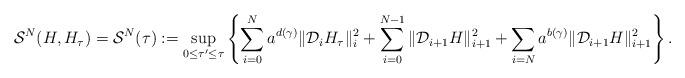
LaTeX: \begin{align*}\mathcal{S}^N(H,H_\tau)=\mathcal{S}^N(\tau):=\sup_{0 \leq \tau' \leq \tau} \left\lbrace \sum_{i=0}^N a^{d(\gamma)} \| \mathcal{D}_i H_\tau \|_i^2 + \sum_{i=0}^{N-1} \| \mathcal{D}_{i+1} H \|_{i+1}^2 + \sum_{i=N} a^{b(\gamma)} \| \mathcal{D}_{i+1} H \|_{i+1}^2 \right\rbrace.\end{align*}